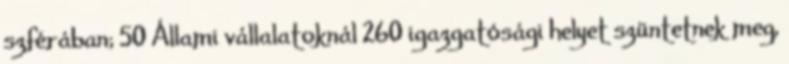
szférában; 50 Állami vállalatoknál 260 igazgatósági helyet szüntetnek meg,